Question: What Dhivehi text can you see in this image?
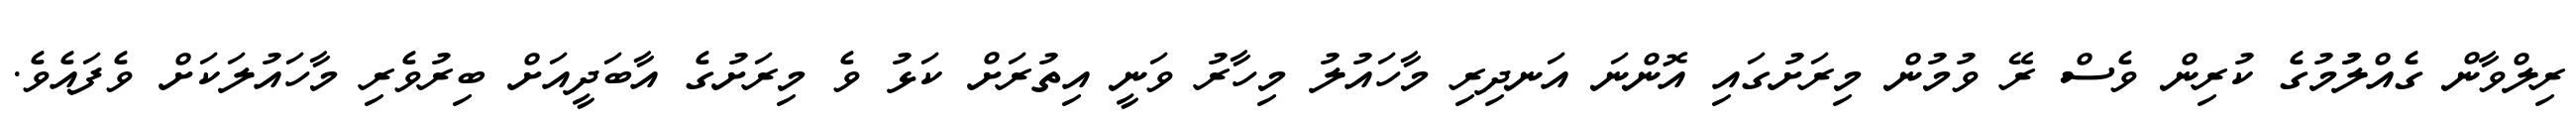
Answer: ރިލްވާން ގެއްލުުމުގެ ކުރިން ވެސް ރޭ ވުމުން މިރަށުގައި އޮންނަ އަނދިރި މާހައުލު މިހާރު ވަނީ އިތުރަށް ކަޅު ވެ މިރަށުގެ އާބަދީއަށް ބިރުވެރި މާހައުލަކަށް ވެފައެވެ.